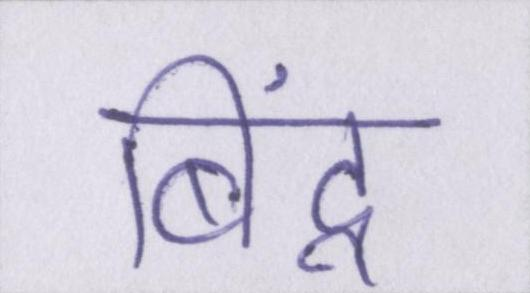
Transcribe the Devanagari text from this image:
बिंदू